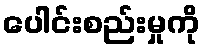
ပေါင်းစည်းမှုကို